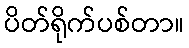
ပိတ်ရိုက်ပစ်တာ။